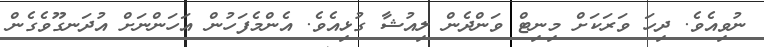
ނުވިއެވެ. ދިހަ ވަރަކަށް މިނިޓް ވަންދެން ލިއުޝާ ގުޅިއެވެ. އެންމެފަހުން އަހަންނަށް އުދަނގޫވެގެން